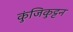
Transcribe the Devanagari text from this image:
कुंजिकुट्टन